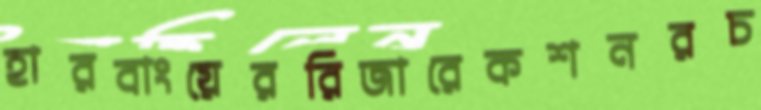
হারবাংয়েররিজারেকশনরচ